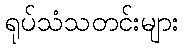
ရုပ်သံသတင်းများ